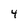
Character: 4